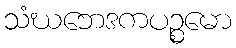
သံဃဘေဒကပဉ္စမော